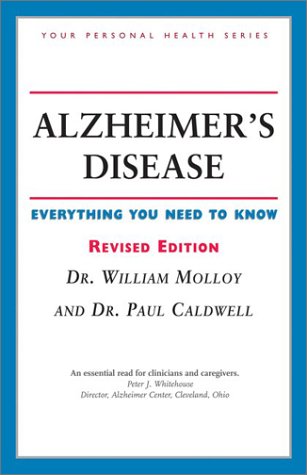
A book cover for Alzheimer's Disease: Everything You Need to Know (Your Personal Health); William Molloy; Health, Fitness & Dieting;